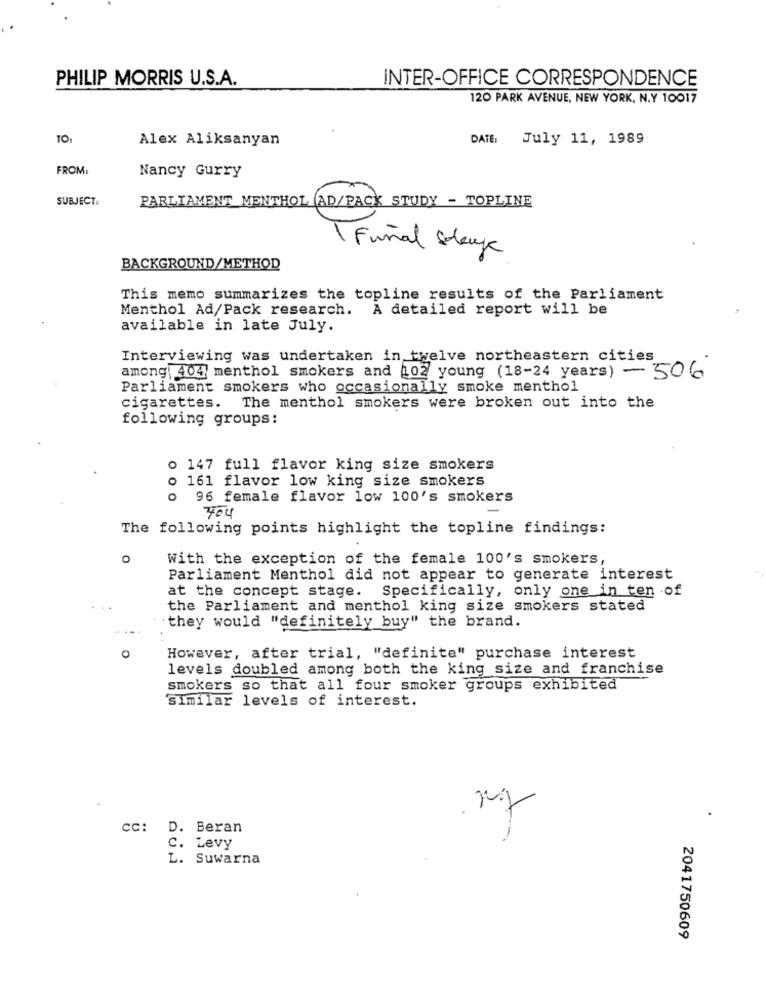
PHILIP MORRIS U.S.A.
INTER-OFFICE CORRESPONDENCE
120 PARK AVENUE, NEW YORK, N.Y 10017
TO1
Alex Aliksanyan
DATE:
July 11, 1989
FROM:
Nancy Gurry
SUBJECT:
PARLIAMENT MENTHOL AD/PACK STUDY - TOPLINE
Final Stang
BACKGROUND/METHOD
This memo summarizes the topline results of the Parliament
Menthol Ad/Pack research. A detailed report will be
available in late July.
Interviewing was undertaken in twelve northeastern cities
among 404 menthol smokers and 102 young (18-24 years) - 506
Parliament smokers who occasionally smoke menthol
cigarettes. The menthol smokers were broken out into the
following groups:
o 147 full flavor king size smokers
o 161 flavor low king size smokers
o 96 female flavor low 100's smokers
704
The following points highlight the topline findings:
With the exception of the female 100's smokers,
Parliament Menthol did not appear to generate interest
at the concept stage. Specifically, only one in ten of
the Parliament and menthol king size smokers stated
" they would "definitely buy" the brand.
O
However, after trial, "definite" purchase interest
levels doubled among both the king size and franchise
smokers so that all four smoker groups exhibited
Similar levels of interest.
CC: D. Beran
C. Levy
L. Suwarna
2041750609